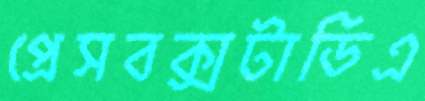
প্রেসবক্সটাডিএ